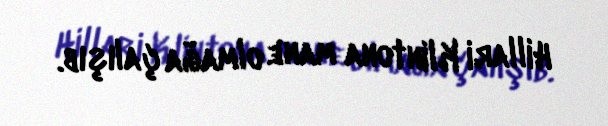
Hillari Klintona mane olmağa çalışıb.